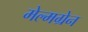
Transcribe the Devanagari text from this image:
मेल्मग्रेन